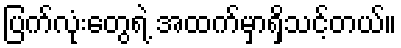
ပြက်လုံးတွေရဲ့ အထက်မှာရှိသင့်တယ်။